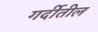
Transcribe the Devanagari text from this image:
गर्दीतील